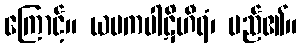
ကြောင့်။ ယမကပါဋိဟီရံ၊ မည်၏။